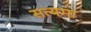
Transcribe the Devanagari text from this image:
सत्यमा